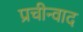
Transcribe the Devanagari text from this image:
प्रचीन्वाद